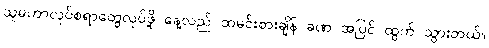
သူမဟာလုပ်စရာတွေလုပ်ဖို့ နေ့လည် ထမင်းစားချိန် ခဏ အပြင် ထွက် သွားတယ်။